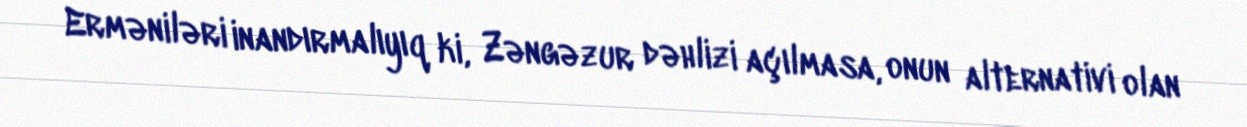
Erməniləri inandırmalıyıq ki, Zəngəzur dəhlizi açılmasa, onun alternativi olan